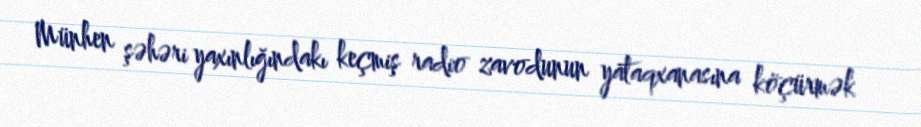
Münhen şəhəri yaxınlığındakı keçmiş radio zavodunun yataqxanasına köçürmək